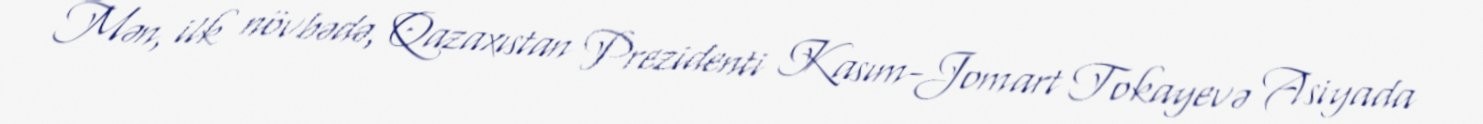
Mən, ilk növbədə, Qazaxıstan Prezidenti Kasım-Jomart Tokayevə Asiyada